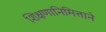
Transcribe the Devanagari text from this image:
शिक्षणानिमित्ताने